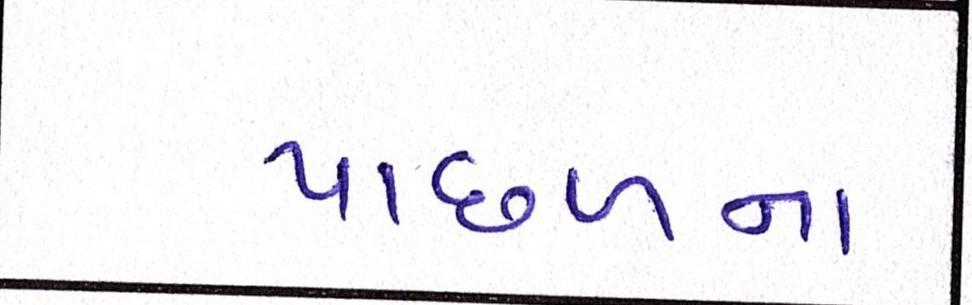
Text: પાછળના